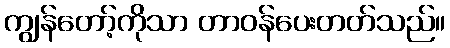
ကျွန်တော့်ကိုသာ တာဝန်ပေးတတ်သည်။